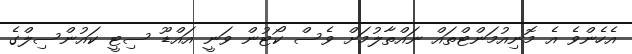
އެހެންވެ އެ މޮނިއުމަންޓްތައް ނައްތާލުމަށް ވެސް ކޯޓުން ވަނީ އައްޑޫ ސިޓީ ކައުންސިލްގެ